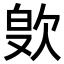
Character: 𪴭